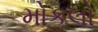
મોકલો